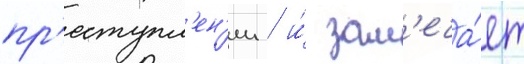
пр'еступл'ен'ии / и́ зам'еча́ет